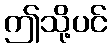
ဤသို့ပင်